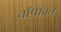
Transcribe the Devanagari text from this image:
चॉपावत